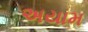
અયામ